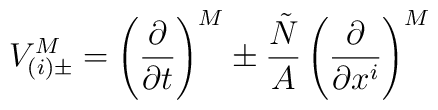
V_{(i)\pm}^M = \left(\frac{\partial}{\partial t}\right)^M   \pm \frac{\tilde{N}}{A}\left(\frac{\partial}{\partial x^i}\right)^M